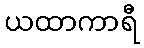
ယထာကာရီ